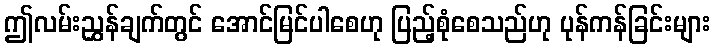
ဤလမ်းညွှန်ချက်တွင် အောင်မြင်ပါစေဟု ပြည့်စုံစေသည်ဟု ပုန်ကန်ခြင်းများ